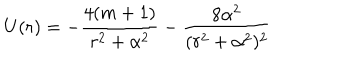
LaTeX: U ( r ) = - { \frac { 4 ( m + 1 ) } { r ^ { 2 } + \alpha ^ { 2 } } } - { \frac { 8 \alpha ^ { 2 } } { ( r ^ { 2 } + \alpha ^ { 2 } ) ^ { 2 } } }